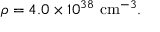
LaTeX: \rho = 4 . 0 \times 1 0 ^ { 3 8 } \, \, \mathrm { c m } ^ { - 3 } .